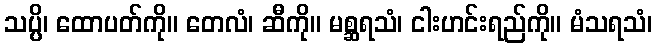
သပ္ပိ၊ ထောပတ်ကို။ တေလံ၊ ဆီကို။ မစ္ဆရသံ၊ ငါးဟင်းရည်ကို။ မံသရသံ၊